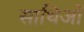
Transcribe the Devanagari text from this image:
साथिओं